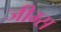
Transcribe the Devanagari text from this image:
जीम्स